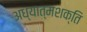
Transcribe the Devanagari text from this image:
अध्यात्मशक्ति